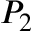
P _ { 2 }